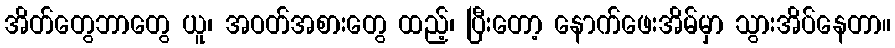
အိတ်တွေဘာတွေ ယူ၊ အဝတ်အစားတွေ ထည့်၊ ပြီးတော့ နောက်ဖေးအိမ်မှာ သွားအိပ်နေတာ။